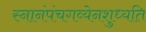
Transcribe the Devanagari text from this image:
स्नानंपंचगव्येनशुध्यति